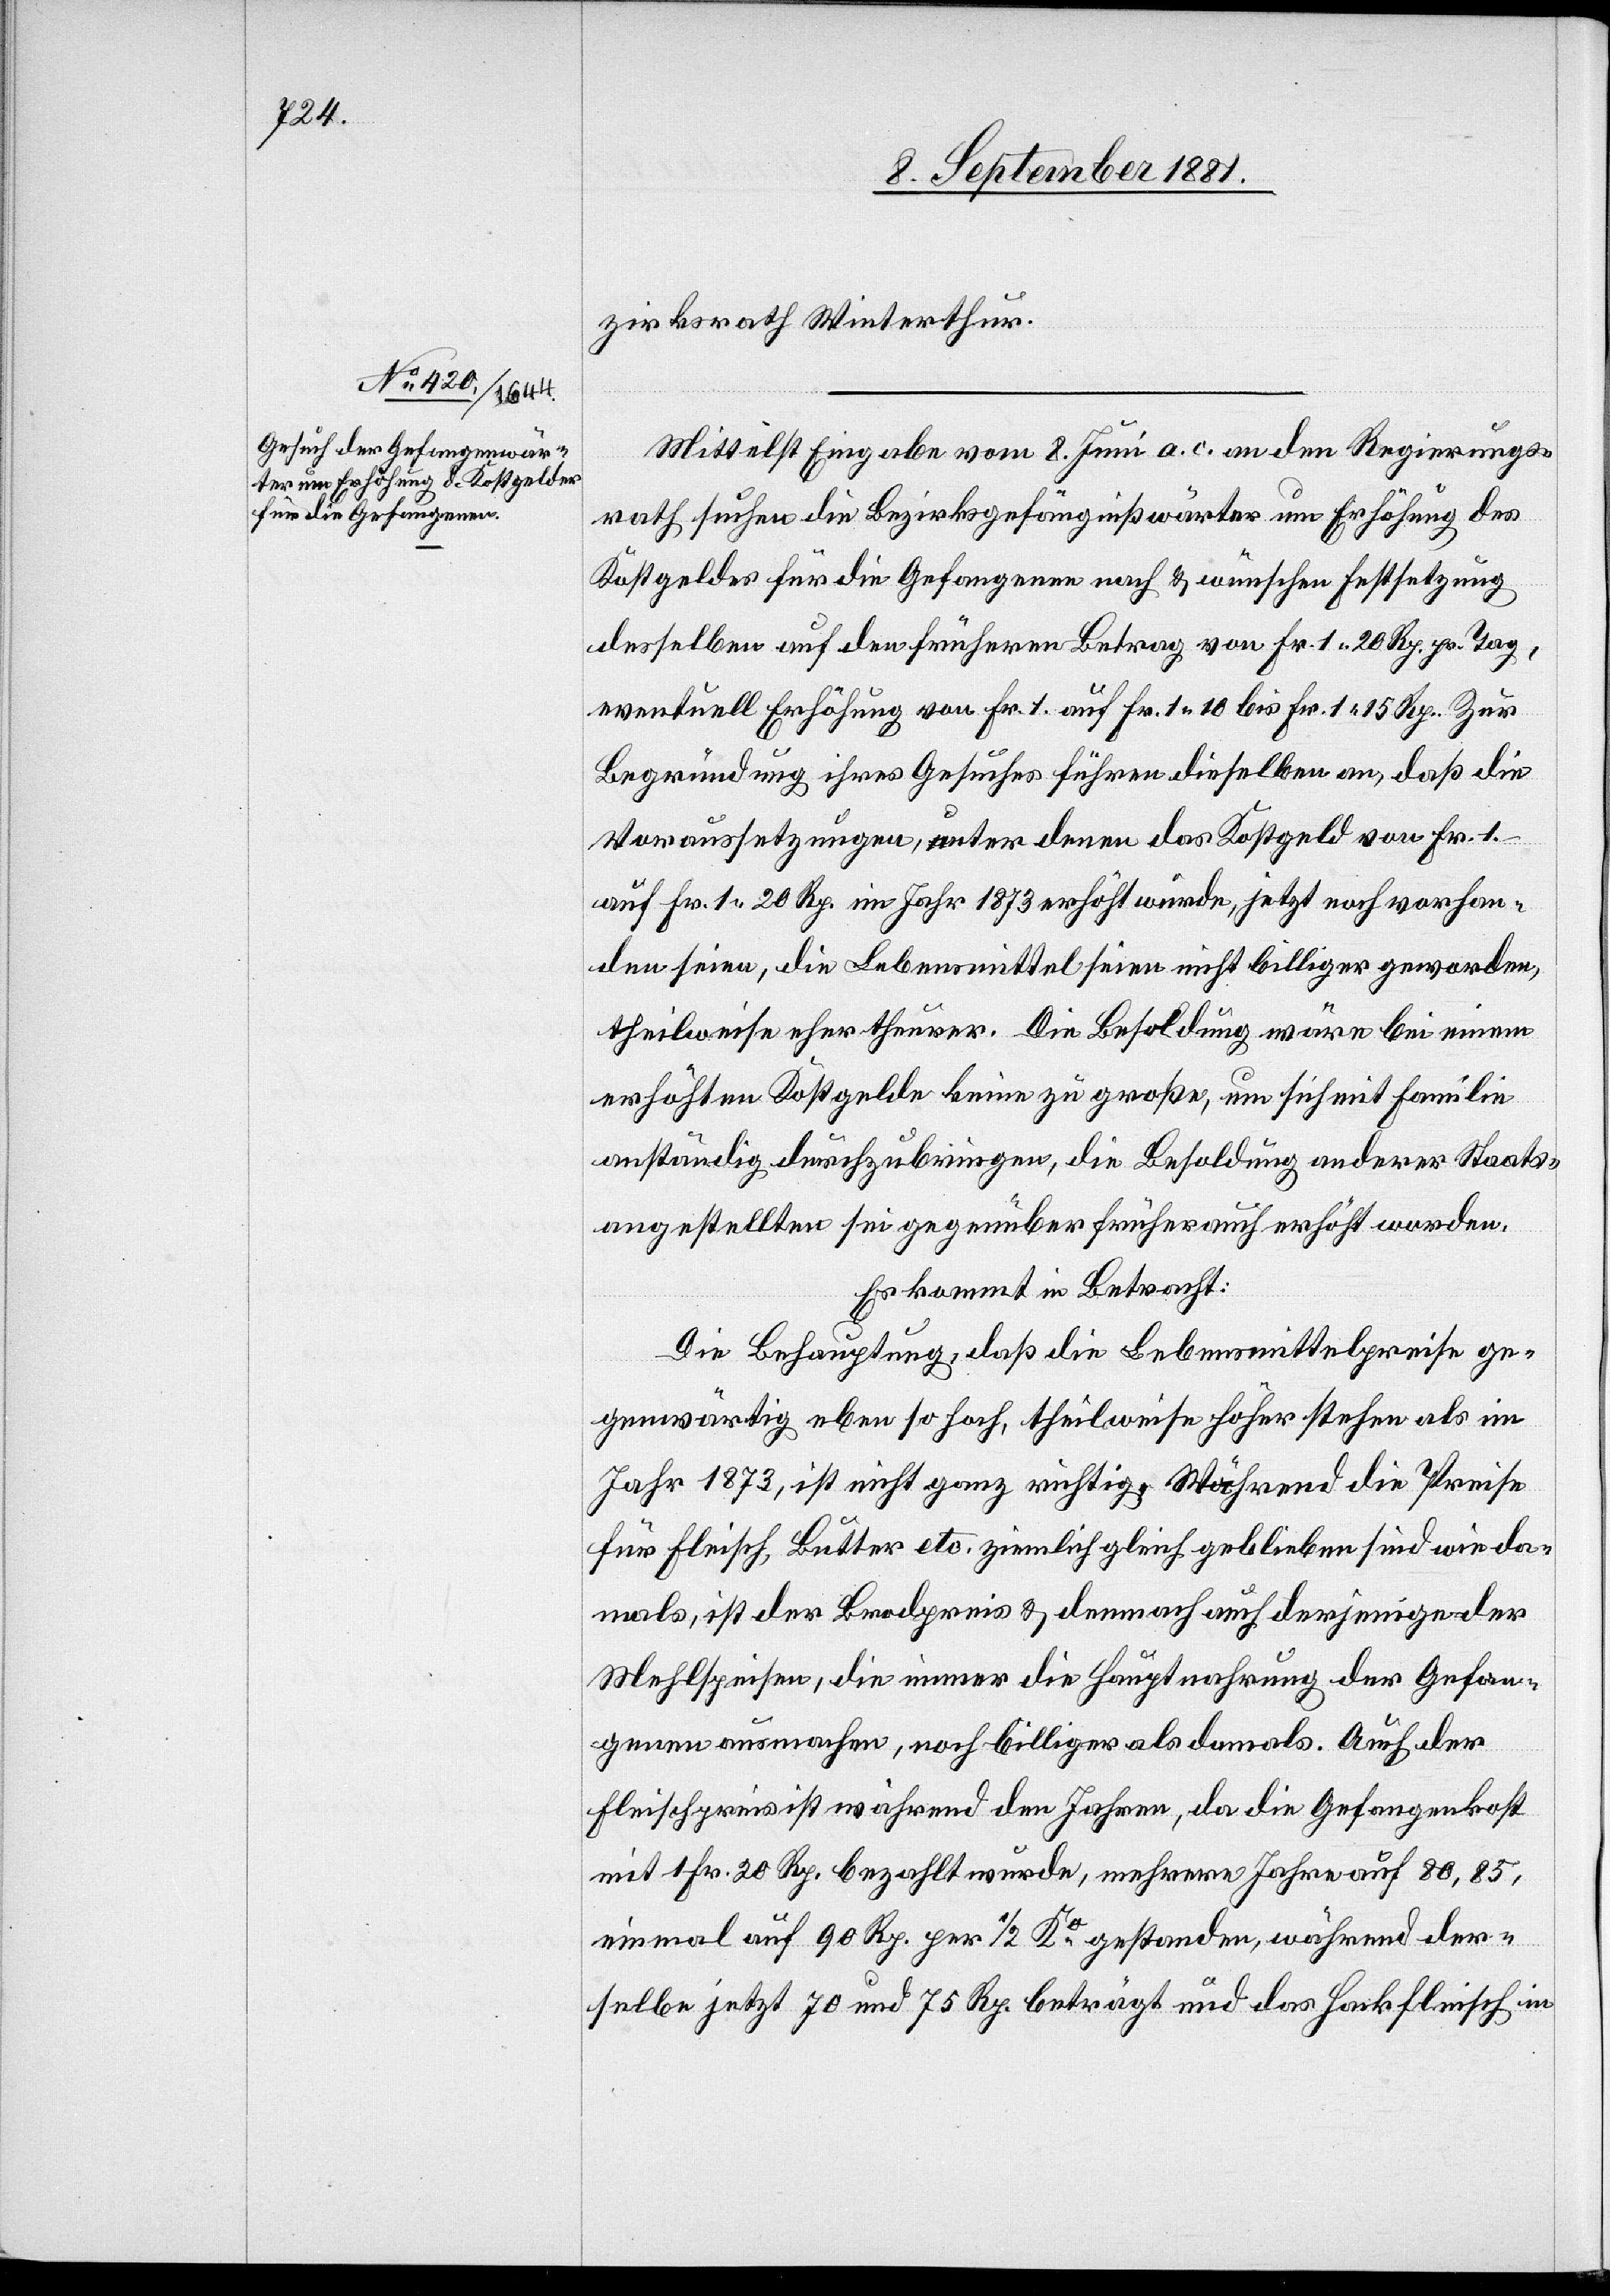
zirksrath Winterthur.
Mittelst Eingabe vom 8. Juni a. c. an den Regierungs¬
rath suchen die Bezirksgefängnißwärter um Erhöhung des
Kostgeldes für die Gefangenen nach & wünschen Festsetzung
desselben auf den früheren Betrag von Fr. 1 20 Rp pr. Tag,
eventuell Erhöhung von Fr. 1 auf Fr. 1 10 bis Fr. 1 15 Rp. Zur
Begründung ihres Gesuches führen dieselben an, daß die
Voraussetzungen, unter denen das Kostgeld von Fr. 1
auf Fr. 1 20 Rp. im Jahr 1873 erhöht wurde, jetzt noch vorhan¬
den seien, die Lebensmittel seien nicht billiger geworden,
theilweise eher theurer. Die Besoldung wäre bei einem
erhöhten Kostgelde keine zu große, um sich mit Familie
anständig durchzubringen, die Besoldung anderer Staats¬
angestellten sei gegenüber früher auch erhöht worden.
Es kommt in Betracht:
Die Behauptung, daß die Lebensmittelpreise ge¬
genwärtig eben so hoch, theilweise höher stehen als im
Jahr 1873, ist nicht ganz richtig. Während die Preise
für Fleisch, Butter etc. ziemlich gleich geblieben sind wie da¬
mals, ist der Brodpreis & demnach auch derjenige der
Mehlspeisen, die immer die Hauptnahrung der Gefan¬
genen ausmachen, noch billiger als damals. Auch der
Fleischpreis ist während den Jahren, da die Gefangenkost
mit 1 Fr. 20 Rp. bezahlt wurde, mehrere Jahre auf 80,85,
einmal auf 90 Rp. per 1/2 Ko gestanden, während der¬
selbe jetzt 70 und 75 Rp. beträgt und das Hackfleisch in